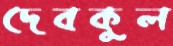
দেবকুল